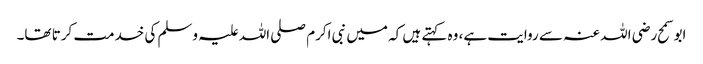
ابو سمح رضی اللہ عنہ سے روایت ہے، وہ کہتے ہیں کہ میں نبی اکرم صلی اللہ علیہ وسلم کی خدمت کرتا تھا۔